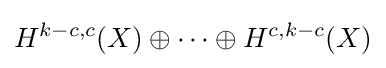
H^{k-c,c}(X)\oplus \cdots \oplus H^{c,k-c}(X)